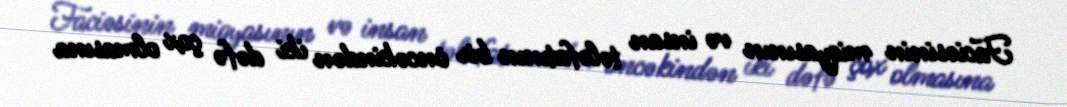
Faciəsinin miqyasının və insan tələfatının bir öncəkindən iki dəfə çox olmasına